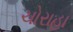
ચોરાહા